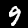
Label: 9